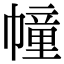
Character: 幢